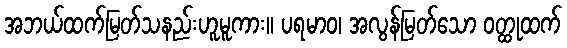
အဘယ်ထက်မြတ်သနည်းဟူမူကား။ ပရမာဝ၊ အလွန်မြတ်သော ဝတ္ထုထက်